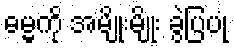
ဓမ္မကို အမျိုးမျိုး ခွဲပြပုံ